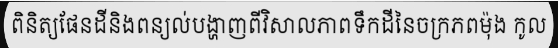
ពិនិត្យផែនដីនិងពន្យល់បង្ហាញពីវិសាលភាពទឹកដីនៃចក្រភពម៉ុង កូល